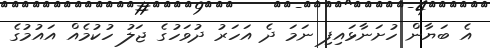
އެ ބަޔާން ހުށަނާޅައިފި ނަމަ ދެ އަހަރު ދުވަހުގެ ޖަލު ހުކުމެއް އައުމުގެ